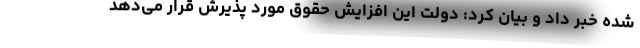
شده خبر داد و بیان کرد: دولت این افزایش حقوق مورد پذیرش قرار می‌دهد